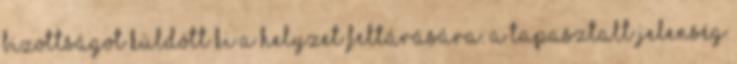
bizottságot küldött ki a helyzet feltárására. A tapasztalt jelenség